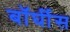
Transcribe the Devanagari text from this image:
बॉर्घीस